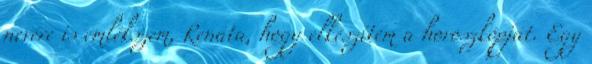
nevére is emlékszem, Renáta, hogy elkészítem a horoszkópját. Egy